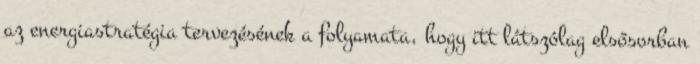
az energiastratégia tervezésének a folyamata, hogy itt látszólag elsősorban